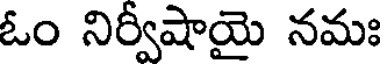
ఓం నిర్వీషాయై నమః